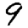
Digit: 9